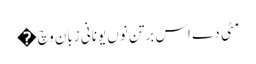
مٹی دے اس برتن نوں یونانی زبان وچ �